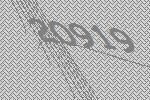
20919